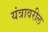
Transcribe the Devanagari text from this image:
यंत्रावरील